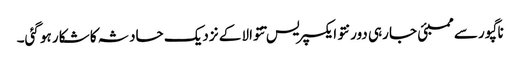
ناگپور سے ممبئی جا رہی دورنتو ایکسپریس تتوالا کے نزدیک حادثہ کا شکار ہو گئی۔